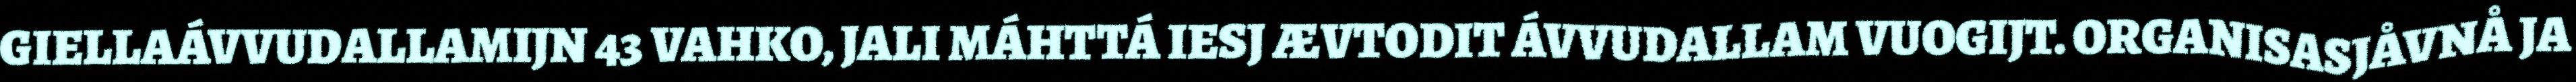
GIELLAÁVVUDALLAMIJN 43 VAHKO, JALI MÁHTTÁ IESJ ÆVTODIT ÁVVUDALLAM VUOGIJT. ORGANISASJÅVNÅ JA